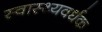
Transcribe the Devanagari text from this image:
स्‍वास्‍थ्‍यवर्धक